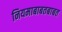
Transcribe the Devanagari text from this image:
नियमाबाबतबाबत